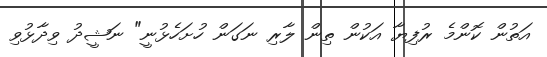
އަތުން ކޮންމެ ރުފިޔާ އަކުން ތިން ލާރި ނަގަން ހުށަހެޅުނީ" ނަޝީދު ވިދާޅުވި